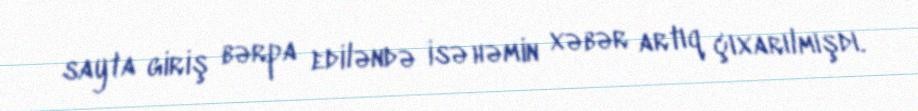
sayta giriş bərpa ediləndə isə həmin xəbər artıq çıxarılmışdı.